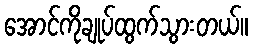
အောင်ကိုချုပ်ထွက်သွားတယ်။